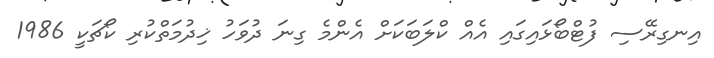
އިނގިރޭސި ފުޓްބޯޅައިގައި އެއް ކްލަބަކަށް އެންމެ ގިނަ ދުވަހު ޚިދުމަތްކުރި ކޯޗަކީ 1986